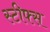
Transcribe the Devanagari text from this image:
स्टीफ्स